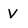
Character: v